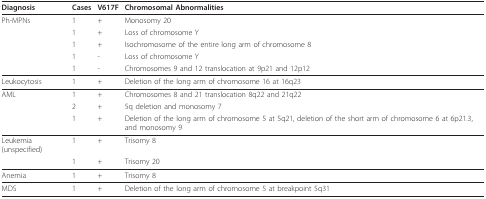
<table><thead><tr><td><b>Diagnosis</b></td><td><b>Cases</b></td><td><b>V617F</b></td><td><b>Chromosomal Abnormalities</b></td></tr><tr><td><b>Ph-MPNs</b></td><td><b>1</b></td><td><b>+</b></td><td><b>Monosomy 20</b></td></tr><tr><td></td><td><b>1</b></td><td><b>+</b></td><td><b>Loss of chromosome Y</b></td></tr><tr><td></td><td><b>1</b></td><td><b>+</b></td><td><b>Isochromosome of the entire long arm of chromosome 8</b></td></tr><tr><td></td><td><b>1</b></td><td><b>-</b></td><td><b>Loss of chromosome Y</b></td></tr><tr><td></td><td><b>1</b></td><td><b>-</b></td><td><b>Chromosomes 9 and 12 translocation at 9p21 and 12p12</b></td></tr></thead><tbody><tr><td>Leukocytosis</td><td>1</td><td>+</td><td>Deletion of the long arm of chromosome 16 at 16q23</td></tr><tr><td>AML</td><td>1</td><td>+</td><td>Chromosomes 8 and 21 translocation 8q22 and 21q22</td></tr><tr><td></td><td>2</td><td>+</td><td>5q deletion and monosomy 7</td></tr><tr><td></td><td>1</td><td>+</td><td>Deletion of the long arm of chromosome 5 at 5q21, deletion of the short arm of chromosome 6 at 6p21.3, and monosomy 9</td></tr><tr><td>Leukemia (unspecified)</td><td>1</td><td>+</td><td>Trisomy 8</td></tr><tr><td></td><td>1</td><td>+</td><td>Trisomy 20</td></tr><tr><td>Anemia</td><td>1</td><td>+</td><td>Trisomy 8</td></tr><tr><td>MDS</td><td>1</td><td>+</td><td>Deletion of the long arm of chromosome 5 at breakpoint 5q31</td></tr></tbody></table>